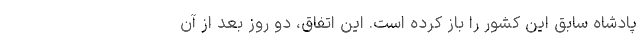
پادشاه سابق این کشور را باز کرده است. این اتفاق، دو روز بعد از آن